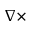
\nabla \times